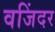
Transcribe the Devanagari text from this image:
वजिंदर